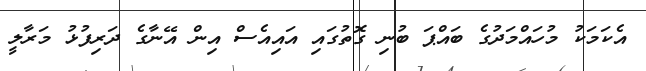
އެކަމަކު މުހައްމަދުގެ ބައްޕަ ބުނި ގޮތުގައި އައިއެސް އިން އޭނާގެ ދަރިފުޅު މަރާލީ